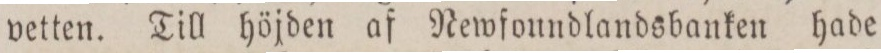
vetten. Till höjden af Newfoundlandsbanken hade